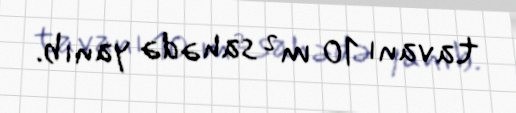
tavanı 10 m² sahədə yanıb.